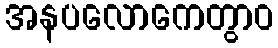
အနပလောကေတွာဝ